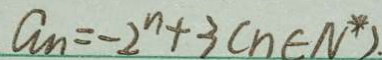
a _ { n } = - 2 ^ { n } + 3 ( n \in N ^ { \ast } ) .